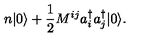
n | 0 \rangle + \frac { 1 } { 2 } M ^ { i j } a _ { i } ^ { \dagger } a _ { j } ^ { \dagger } | 0 \rangle .